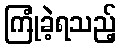
ကြုံခဲ့ရသည့်